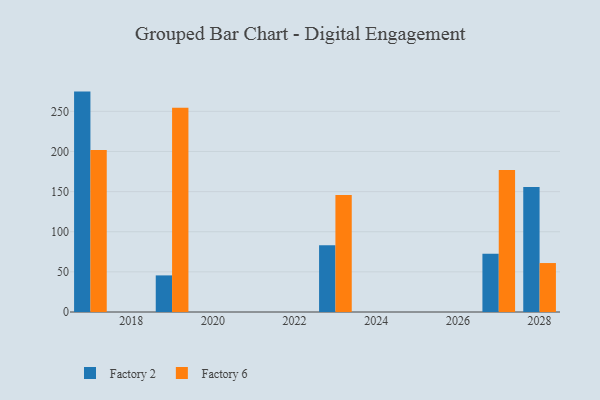
{"axis": {"x": "Year", "y": "Population (Million)"}, "legend": ["Factory 2", "Factory 6"], "data": [{"x": "2017", "y": 274.6, "type": "Factory 2"}, {"x": "2017", "y": 201.8, "type": "Factory 6"}, {"x": "2027", "y": 72.5, "type": "Factory 2"}, {"x": "2027", "y": 176.8, "type": "Factory 6"}, {"x": "2019", "y": 45.6, "type": "Factory 2"}, {"x": "2019", "y": 254.6, "type": "Factory 6"}, {"x": "2023", "y": 83.2, "type": "Factory 2"}, {"x": "2023", "y": 145.9, "type": "Factory 6"}, {"x": "2028", "y": 155.6, "type": "Factory 2"}, {"x": "2028", "y": 61.0, "type": "Factory 6"}]}